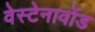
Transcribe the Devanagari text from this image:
वेस्टेनावोंड